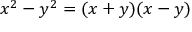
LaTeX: x ^ { 2 } - y ^ { 2 } = ( x + y ) ( x - y )